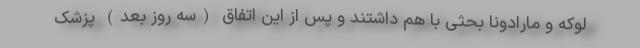
لوکه و مارادونا بحثی با هم داشتند و پس از این اتفاق (سه روز بعد) پزشک